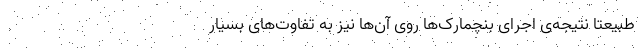
طبیعتا نتیجه‌ی اجرای بنچمارک‌ها روی آن‌ها نیز به تفاوت‌‌های بسیار